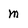
Character: m